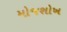
મોજશોખ